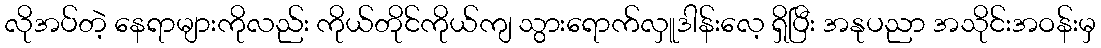
လိုအပ်တဲ့ နေရာများကိုလည်း ကိုယ်တိုင်ကိုယ်ကျ သွားရောက်လှူဒါန်းလေ့ ရှိပြီး အနုပညာ အသိုင်းအဝန်းမှ